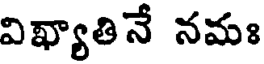
విఖ్యాతినే నమః